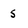
Character: s